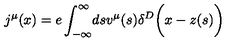
j ^ { \mu } ( x ) = e \int _ { - \infty } ^ { \infty } \! d s v ^ { \mu } ( s ) \delta ^ { D } \biggl ( x - z ( s ) \biggr )